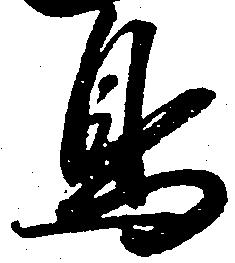
鳥